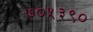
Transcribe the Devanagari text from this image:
७०५३९०